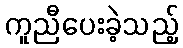
ကူညီပေးခဲ့သည့်